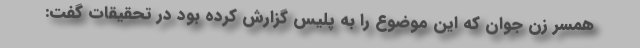
همسر زن جوان که این موضوع را به پلیس گزارش کرده بود در تحقیقات گفت: